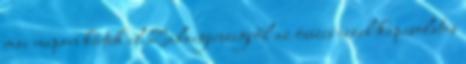
mai napon kértük el Zalaegerszegről az összes ezzel kapcsolatos